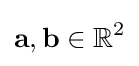
\mathbf {a} ,\mathbf {b} \in \mathbb {R} ^{2}